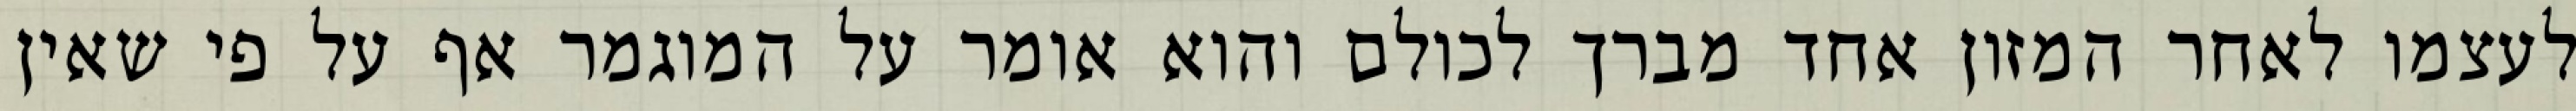
לעצמו לאחר המזון אחד מברך לכולם והוא אומר על המוגמר אף על פי שאין